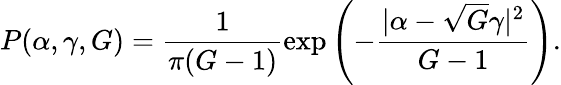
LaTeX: P(\alpha,\gamma,G)=\frac{1}{\pi(G-1)}\exp\left(-\frac{|\alpha-\sqrt{G}\gamma|^{2}}{G-1}\right).